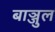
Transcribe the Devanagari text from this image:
बाञ्जुल